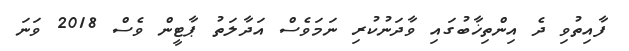
ފާއިތުވި ދެ އިންތިޚާބުގައި ވާދަނުކުރި ނަމަވެސް އަދާލަތު ޕާޓީން ވެސް 2018 ވަނަ